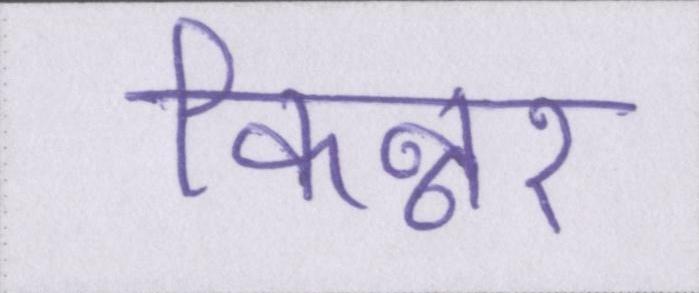
किन्नर